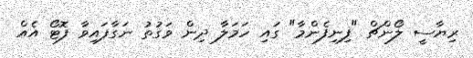
ރިޔާސީ ލޯންޗް "ފިނިފެންމާ" ގައި ހަމަލާ ދިން ވަގުތު ނަގާފައިވާ ފޮޓޯ އެއް